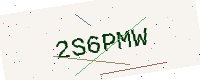
Text: 2S6PMW